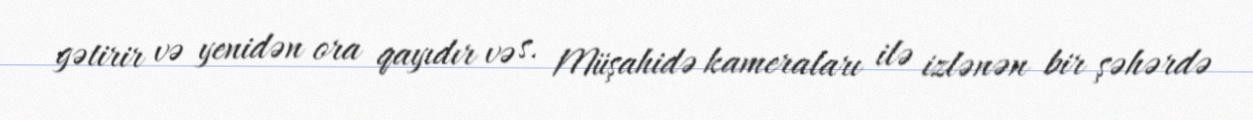
gətirir və yenidən ora qayıdır və s. Müşahidə kameraları ilə izlənən bir şəhərdə